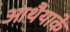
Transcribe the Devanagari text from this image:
आथैयाके